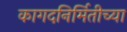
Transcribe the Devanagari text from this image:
कागदनिर्मितीच्या